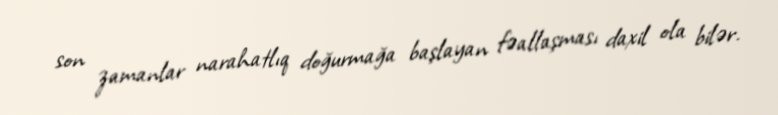
son zamanlar narahatlıq doğurmağa başlayan fəallaşması daxil ola bilər.